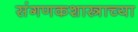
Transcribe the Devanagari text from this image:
संगणकशास्त्राच्या